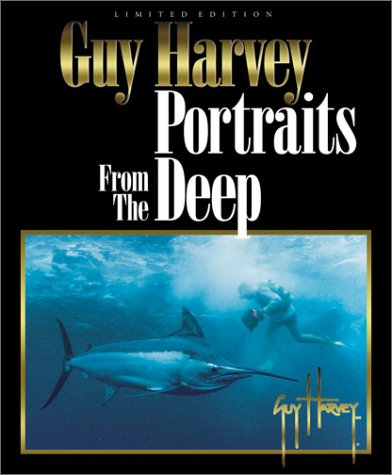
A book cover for Portraits From the Deep (Limited Edition); Guy Harvey; Sports & Outdoors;